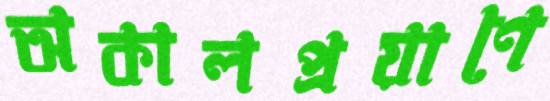
অকালপ্রয়াণে